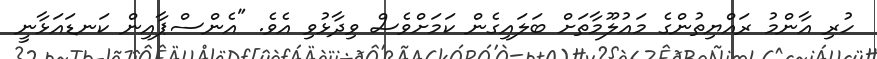
ހުރި އާންމު ރައްޔިތުންގެ މައުލޫމާތަށް ބަލައިގެން ކަމަށްވެސް ވިދާޅުވި އެވެ. "އެންސްޕާއިން ކަނޑައަޅާނީ